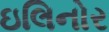
ઇલિનોર